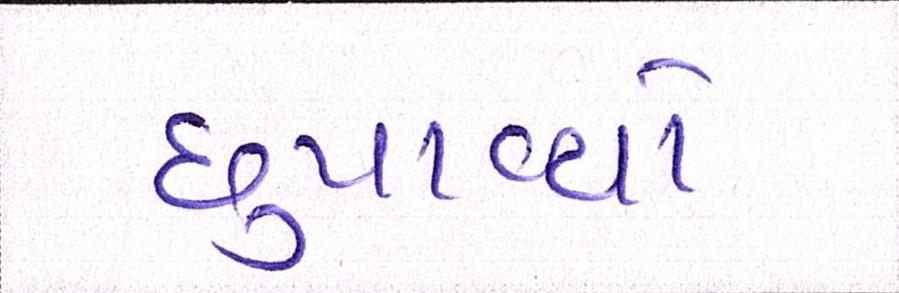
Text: છુપાવ્યો